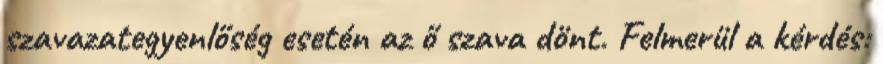
szavazategyenlőség esetén az ő szava dönt. Felmerül a kérdés: